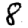
Digit: 8